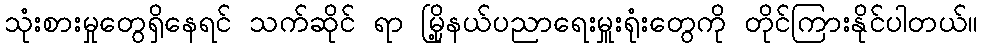
သုံးစားမှုတွေရှိနေရင် သက်ဆိုင် ရာ မြို့နယ်ပညာရေးမှူးရုံးတွေကို တိုင်ကြားနိုင်ပါတယ်။